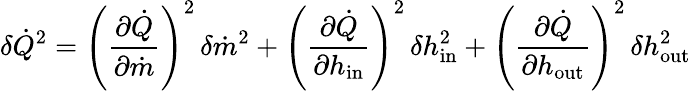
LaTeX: \delta\dot{Q}^{2}=\left(\frac{\partial\dot{Q}}{\partial\dot{m}}\right)^{2}\, \delta\dot{m}^{2}+\left(\frac{\partial\dot{Q}}{\partial h_{\mathrm{{in}}}}\right)^{2}\, \delta h_{\mathrm{{in}}}^{2}+\left(\frac{\partial\dot{Q}}{\partial h_{\mathrm{{out}}}}\right)^{2}\, \delta h_{\mathrm{{out}}}^{2}